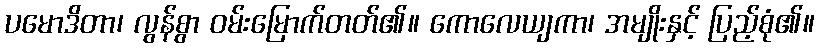
ပမောဒိတာ၊ လွန်စွာ ဝမ်းမြောက်တတ်၏။ ကောလေယျကာ၊ အမျိုးနှင့် ပြည့်စုံ၏။